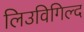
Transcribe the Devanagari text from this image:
लिउविगिल्द